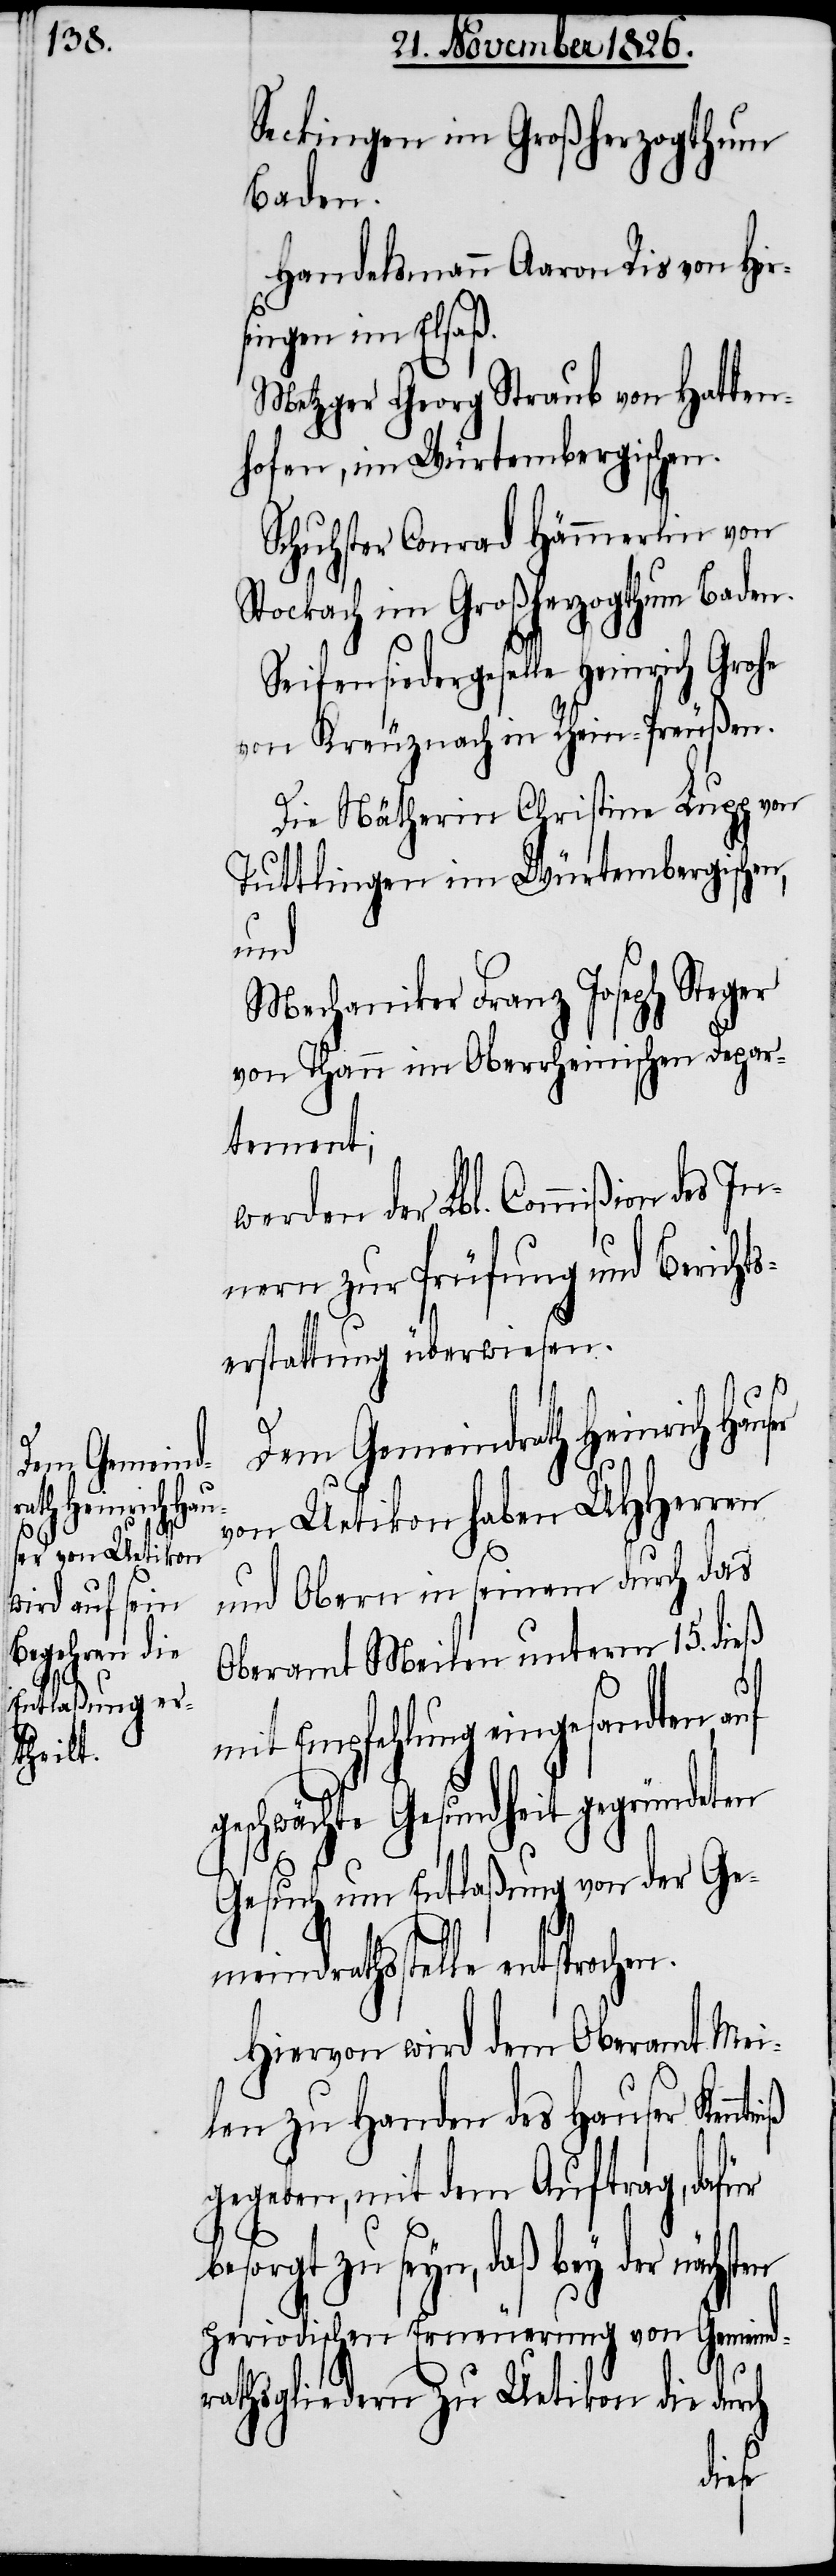
ch

Seckingen im Großherzogthum
Baden.
Handelsmann Aaron Ris von Hir¬
singen im Elsaß.
Metzger Georg Straub von Hatten¬
hofen, im Würtembergischen.
Schuhster Conrad Hämmerlin von
Stockach im Großherzogthum Baden.
Seifensiedergeselle Heinrich
von Kreuznach in Rhein-Preußen.
Die Nätherin Christine Lupp von
Tuttlingen im Würtembergischen,
und
Mechaniker Franz Joseph Steger
von Thann im Oberrheinischen Depar¬
tement;
werden der Lbl. Commißion des
nern zur Prüfung und Berichts¬
erstattung überwiesen.
Dem Gemeindrath Heinrich Hau¬
von Uetikon haben UHHerren
und Obern in seinem durch das
Oberamt Meilen unterm 15. dieß
mit Empfehlung eingesandten,
geschwächte Gesundheit gegründeten
Gesuch um Entlaßung von der Gem¬
eindrathsstelle
Hiervon wird dem Oberamt Mei¬
len zu Handen des Hauser Kenn¬
gegeben, mit dem Auftrag, dafür
zu seyn, daß bey der nächsten
periodischen Erneuerung von Gemeind¬
In¬
rathsgliedern zu Uetikon die dur¬
tniß